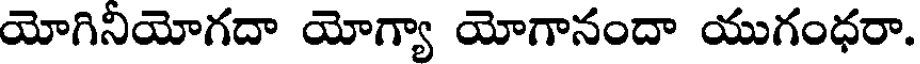
యోగినియోగదా యోగ్యా యోగానందా యుగంధరా.